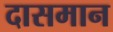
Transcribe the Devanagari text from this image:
दासमान